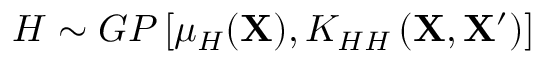
H \sim G P \left[ \mu _ { H } ( \mathbf { X } ) , K _ { H H } \left( \mathbf { X } , \mathbf { X } ^ { \prime } \right) \right]